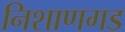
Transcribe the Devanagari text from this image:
निशाणगड